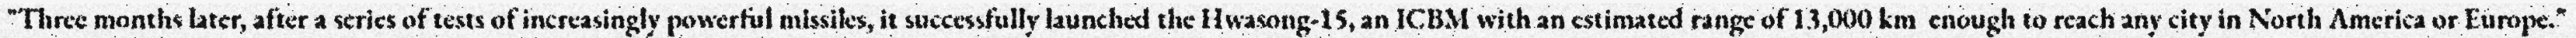
"Three months later, after a series of tests of increasingly powerful missiles, it successfully launched the Hwasong-15, an ICBM with an estimated range of 13,000 km  enough to reach any city in North America or Europe."